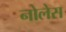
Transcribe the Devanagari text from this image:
नोलेस